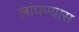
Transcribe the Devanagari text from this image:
लांघण्यास